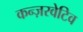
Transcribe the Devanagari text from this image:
कन्ज़रवेटिव